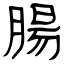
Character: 腸